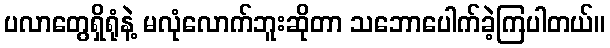
ပလာတွေရှိရုံနဲ့ မလုံလောက်ဘူးဆိုတာ သဘောပေါက်ခဲ့ကြပါတယ်။